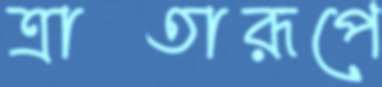
ত্রাতারূপে